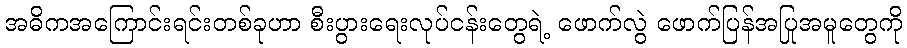
အဓိကအကြောင်းရင်းတစ်ခုဟာ စီးပွားရေးလုပ်ငန်းတွေရဲ့ ဖောက်လွဲ ဖောက်ပြန်အပြုအမူတွေကို